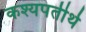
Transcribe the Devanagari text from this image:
कश्यपतीर्थ